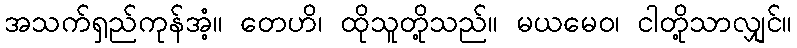
အသက်ရှည်ကုန်အံ့။ တေဟိ၊ ထိုသူတို့သည်။ မယမေဝ၊ ငါတို့သာလျှင်။